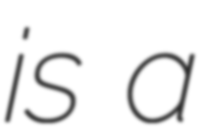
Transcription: is a